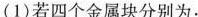
(1)若四个金属块分别为：